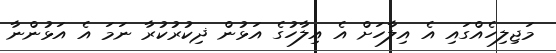
މަޖިލިހެއްގައި އެ އިލާހަށް އެ އިލާހުގެ އަޅުން ޛިކުރުކުރާ ނަމަ އެ އަޅުންނާ